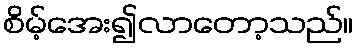
စိမ့်အေး၍လာတော့သည်။